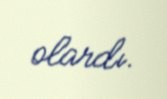
olardı.